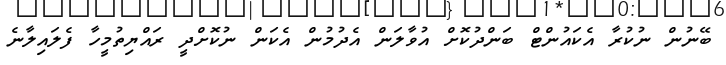
ބޭނުން ނުކުރާ އެކައުންޓް ބަންދުކޮށް އުވާލަން އެދުމުން އެކަން ނުކޮށްދީ ރައްޔިތުމީހާ ފެލައިލާނެ